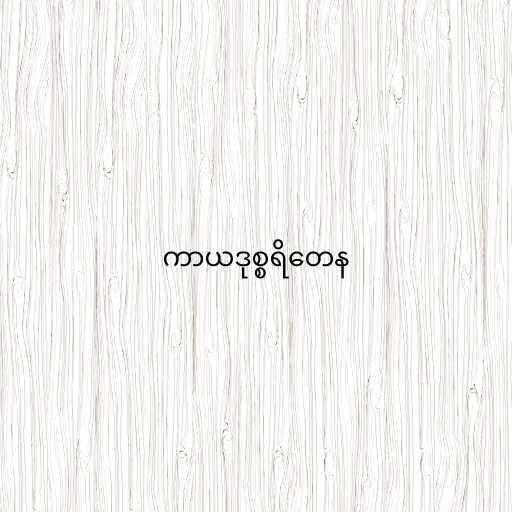
ကာယဒုစ္စရိတေန